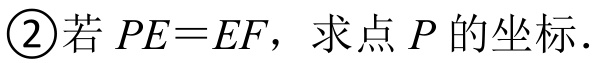
\textcircled{2}若\(PE = EF\)，求点\(P\)的坐标.